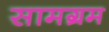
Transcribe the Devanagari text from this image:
सामग्रम